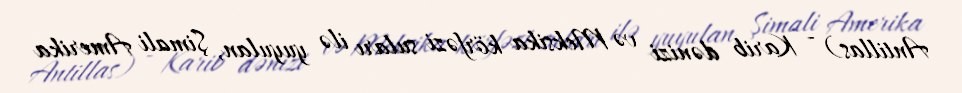
Antillas) - Karib dənizi və Meksika körfəzi suları ilə yuyulan, Şimali Amerika